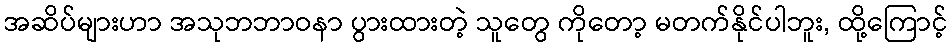
အဆိပ်များဟာ အသုဘဘာဝနာ ပွားထားတဲ့ သူတွေ ကိုတော့ မတက်နိုင်ပါဘူး, ထို့ကြောင့်